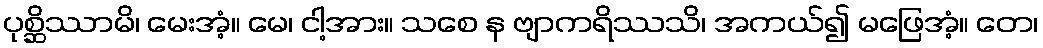
ပုစ္ဆိဿာမိ၊ မေးအံ့။ မေ၊ ငါ့အား။ သစေ န ဗျာကရိဿသိ၊ အကယ်၍ မဖြေအံ့။ တေ၊